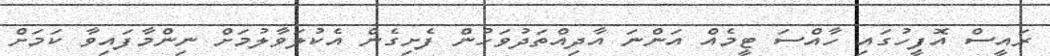
ރައީސް އޮފީހުގައި ހާއްސަ ޓީމެއް އަންނަ އާދިއްތަދުވަހުން ފެށިގެން އެކުލަވާލުމަށް ނިންމާފައިވާ ކަމަށް